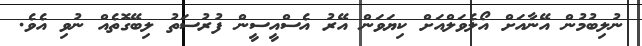
ނުލިބުމުން އޭނާއަށް އޯލެވަލްއަށް ކިޔަވަން އޭރު އެސްއީސީން ފުރުސަތު ލިބޭގޮތެއް ނުވި އެވެ.